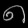
Digit: ၈